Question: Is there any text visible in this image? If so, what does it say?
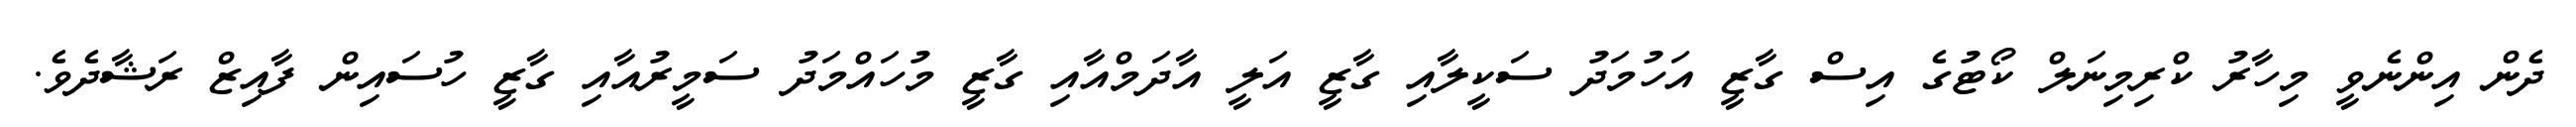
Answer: ދެން އިންނެވީ މިހާރު ކްރިމިނަލް ކޯޓުގެ އިސް ގާޒީ އަހުމަދު ސަކީލާއި ގާޒީ އަލީ އާދަމްއާއި ގާޒީ މުހައްމަދު ސަމީރުއާއި ގާޒީ ހުސައިން ފާއިޒް ރަޝާދެވެ.